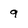
Character: 9